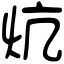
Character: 炕